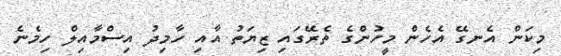
މިކަން އެނގޭ އެހެން މީހުންގެ ތެރޭގައި ޒިޔަތު އާއި ހާމިދު އިސްމާއިލް ހިމެނެ